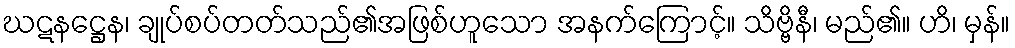
ဃဋနဋ္ဌေန၊ ချုပ်စပ်တတ်သည်၏အဖြစ်ဟူသော အနက်ကြောင့်။ သိဗ္ဗိနီ၊ မည်၏။ ဟိ၊ မှန်။